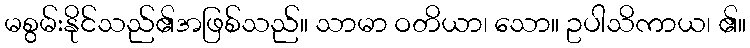
မစွမ်းနိုင်သည်၏အဖြစ်သည်။ သာမာ ဝတိယာ၊ သော။ ဥပါသိကာယ၊ ၏။